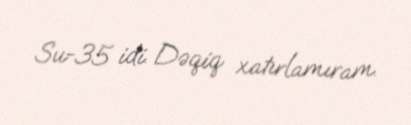
Su-35 idi. Dəqiq xatırlamıram.